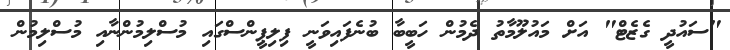
"ސައުދީ ގެޒެޓް" އަށް މައުލޫމާތު ދެމުން ހަބީބާ ބުނެފައިވަނީ ފިލިޕީންސްގައި މުސްލިމުންނާއި މުސްލިމުން